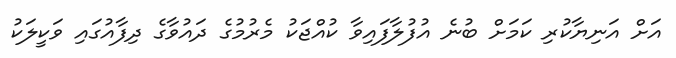
އަށް އަނިޔާކުރި ކަމަށް ބުނެ އުފުލާފައިވާ ކުއްޖަކު މެރުމުގެ ދައުވާގެ ދިފާއުގައި ވަކީލަކު